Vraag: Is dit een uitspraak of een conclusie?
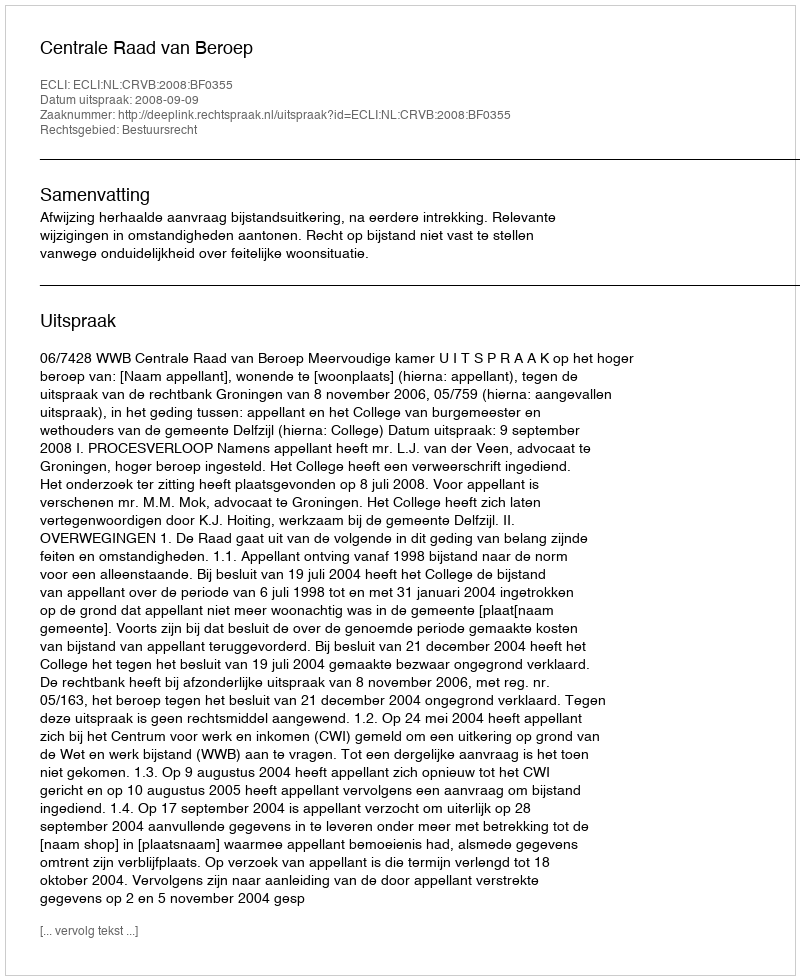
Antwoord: Uitspraak